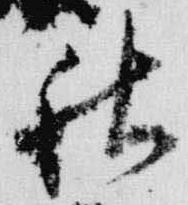
秋